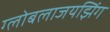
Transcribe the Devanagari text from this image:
ग्लोबलाजयझिंग